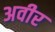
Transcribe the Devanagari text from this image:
अवीर